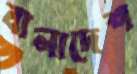
বালাদেশ